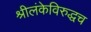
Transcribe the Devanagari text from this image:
श्रीलंकेविरुद्धच